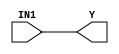
module cycloneiii_and1 (Y, IN1);
   input IN1;
   output Y;
   specify
      (IN1 => Y) = (0, 0);
   endspecify
   buf (Y, IN1);
endmodule